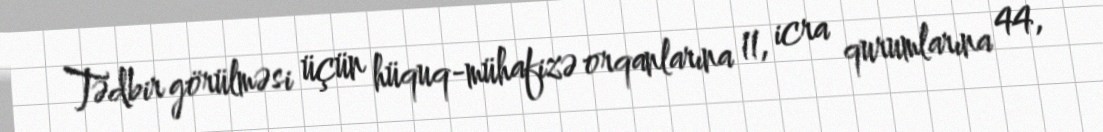
Tədbir görülməsi üçün hüquq-mühafizə orqanlarına 11, icra qurumlarına 44,